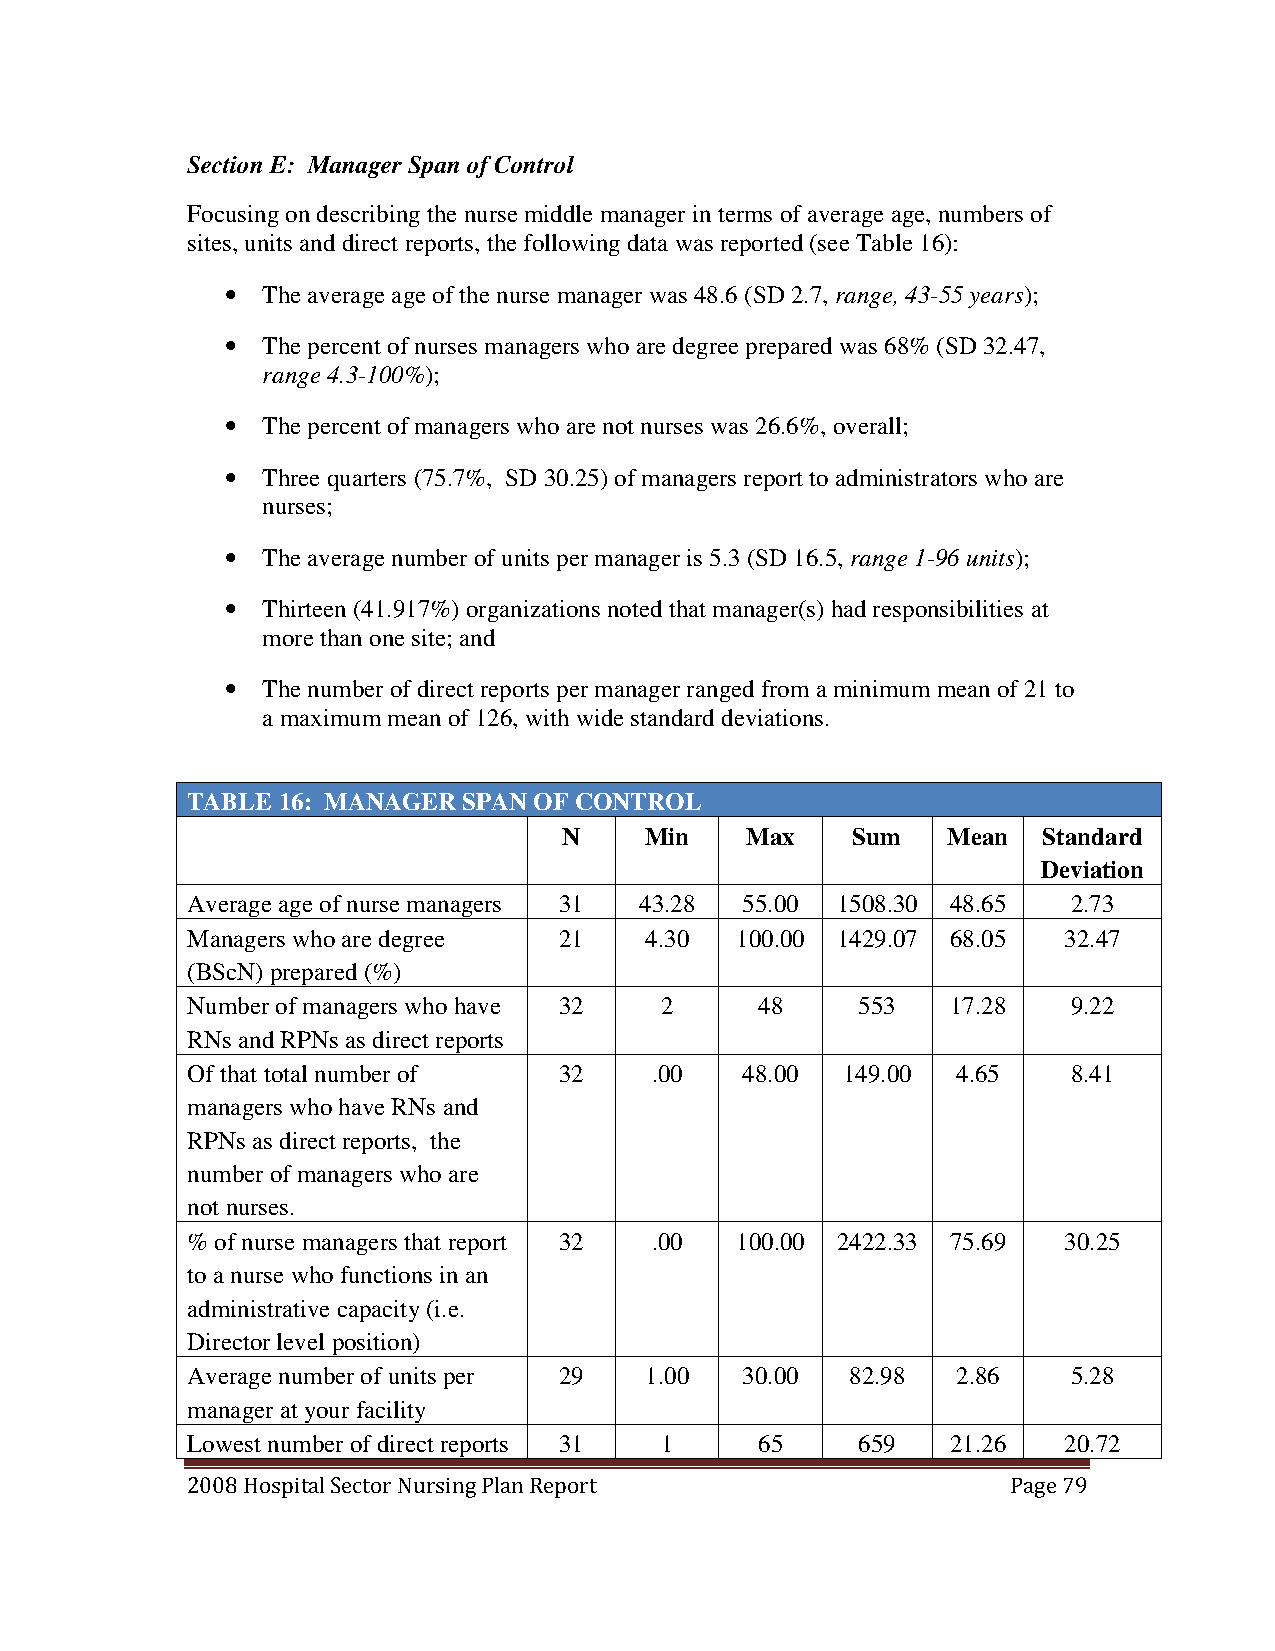
Section E: Manager Span of Control
 Focusing on describing the nurse middle manager in terms of average age, numbers of
 sites, units and direct reports, the following data was reported (see Table 16):
 • The average age of the nurse manager was 48.6 (SD 2.7, range, 43-55 years);
 • The percent of nurses managers who are degree prepared was 68% (SD 32.47,
 range 4.3-100%);
 • The percent of managers who are not nurses was 26.6%, overall;
 • Three quarters (75.7%, SD 30.25) of managers report to administrators who are
 nurses;
 • The average number of units per manager is 5.3 (SD 16.5, range 1-96 units);
 • Thirteen (41.917%) organizations noted that manager(s) had responsibilities at
 more than one site; and
 • The number of direct reports per manager ranged from a minimum mean of 21 to
 a maximum mean of 126, with wide standard deviations.
 TABLE 16: MANAGER  SPAN OF CONTROL
 N     Min   Max    Sum    Mean  Standard
 Deviation
 Average age of nurse managers 3 1 4 3 . 2 8 5 5 . 0 0 1508.30 48.65 2.73
 Managers who are degree  21    4.30  100.00 1429.07 68.05 32.47
 (BScN) prepared (%)
 Number of managers who have 32  2     48     553   17.28   9.22
 RNs and RPNs as direct reports
 Of that total number of  32    .00   48.00  149.00 4.65    8.41
 managers who have RNs and
 RPNs as direct reports, the
 number of managers who are
 not nurses.
 % of nurse managers that report 32 .00 100.00 2422.33 75.69 30.25
 to a nurse who functions in an
 administrative capacity (i.e.
 Director level position)
 Average number of units per 29 1.00  30.00  82.98  2.86    5.28
 manager at your facility
 Lowest number of direct reports 31 1  65     659   21.26  20.72
 2008 Hospital Sector Nursing Plan Report               Page 79